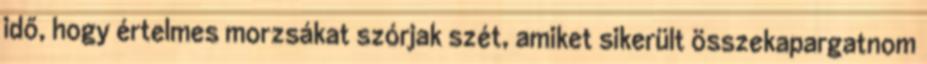
idő, hogy értelmes morzsákat szórjak szét, amiket sikerült összekapargatnom